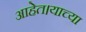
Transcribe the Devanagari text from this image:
आहेत।याच्या